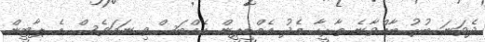
ދެވަނަ ބުރު ބާއްވާނެ ތާރީހާ މެދު އެމްޑީޕީން އެއްބަސްވި ނަމަވެސް އެ ޕާޓީން